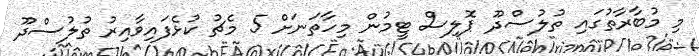
މި މުބާރާތުގައި ތުލުސްދޫ ޕޮލިސް ޓީމުން މިހާތަނަށް 5 މެޗު ކުޅެފައިވާއިރު ތުލުސްދޫ